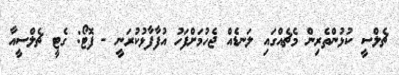
ޗެލްސީ ކުޅުންތެރިން މެޗެއްގައި ލަނޑެއް ޖެހުމަށްފަހު އުފާފާޅުކުރަނީ - ފޮޓޯ: ގެޓީ ޗެލްސީއާ